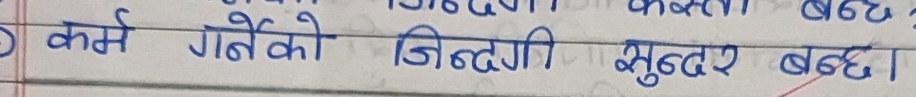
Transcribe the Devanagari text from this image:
कमे गर्नेको जिन्दगी सुन्दर बन्छ।